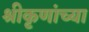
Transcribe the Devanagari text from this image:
श्रीकृणांच्या